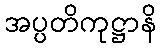
အပ္ပတိကုဋ္ဌာနိ